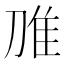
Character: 𲉧